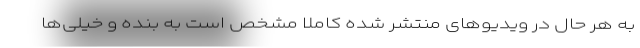
به هر حال در ویدیوهای منتشر شده کاملا مشخص است به بنده و خیلی‌ها